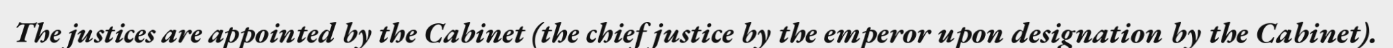
The justices are appointed by the Cabinet (the chief justice by the emperor upon designation by the Cabinet).